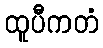
ထူပီကတံ